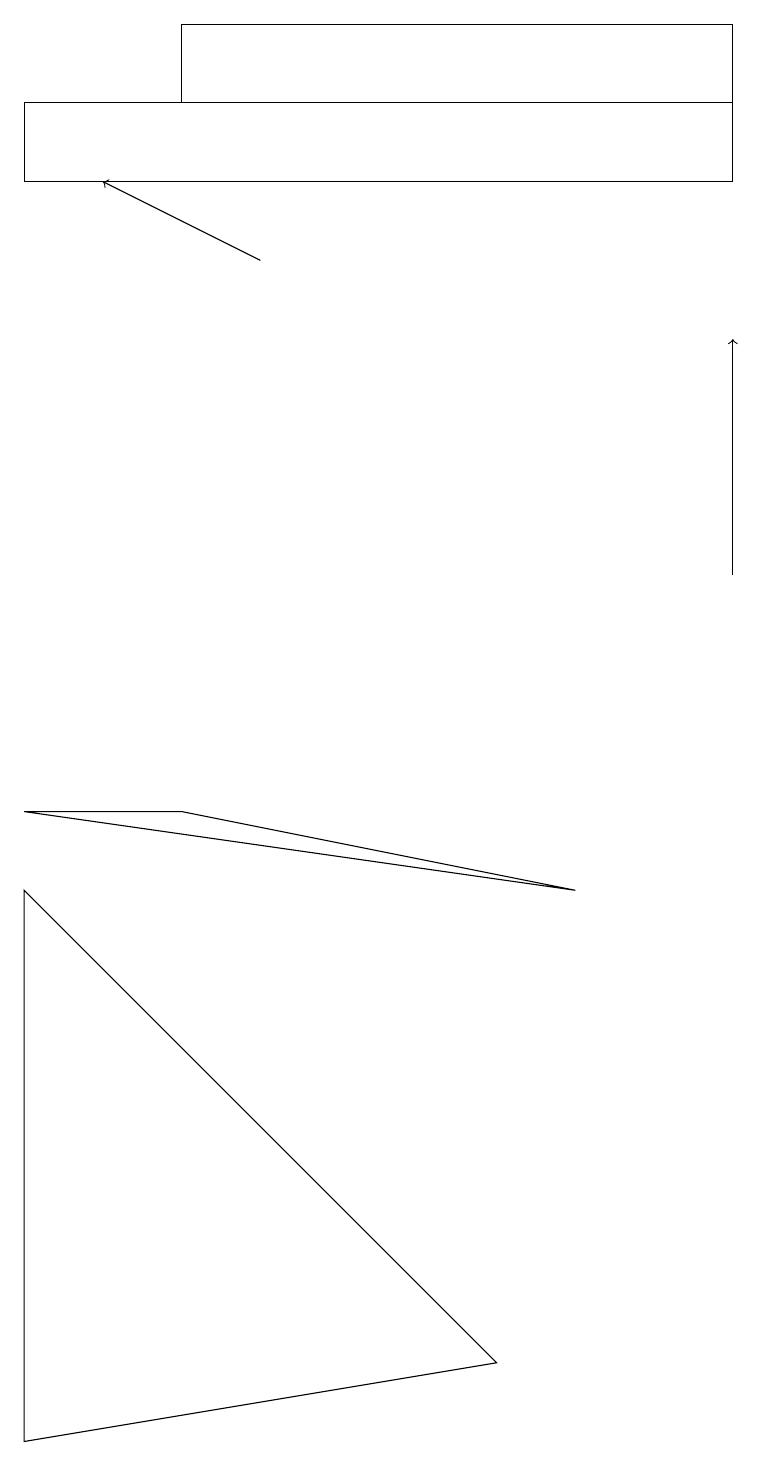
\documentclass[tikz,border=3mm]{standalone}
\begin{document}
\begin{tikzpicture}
\draw (2,9) -- (0,9) -- (7,8) -- cycle;
\draw[->] (9,12) -- (9,15);
\draw (9,18) rectangle (2,19);
\draw[->] (3,16) -- (1,17);
\draw (0,18) rectangle (9,17);
\draw (0,1) -- (6,2) -- (0,8) -- cycle;
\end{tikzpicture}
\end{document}